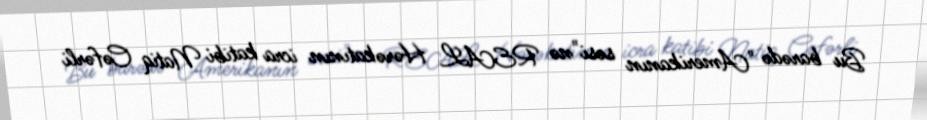
Bu barədə "Amerikanın səsi"nə REAL Hərəkatının icra katibi Natiq Cəfərli